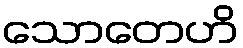
သောတေဟိ